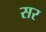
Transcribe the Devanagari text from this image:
सर